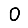
Digit: 0